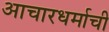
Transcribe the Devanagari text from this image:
आचारधर्माची